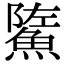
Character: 𩷷